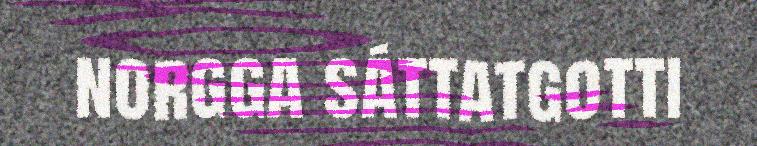
norgga sáttatgotti